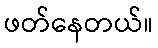
ဖတ်နေတယ်။